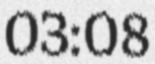
03:08